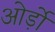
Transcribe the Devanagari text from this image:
ओर्ड़ो